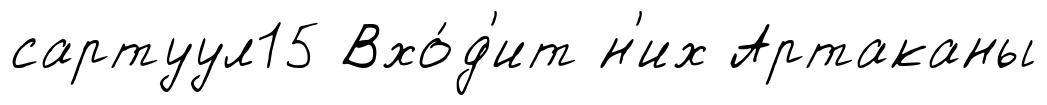
сартуул15 Вхо́д'ит н'их Артаканы